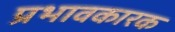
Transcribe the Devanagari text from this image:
प्रभावकारक